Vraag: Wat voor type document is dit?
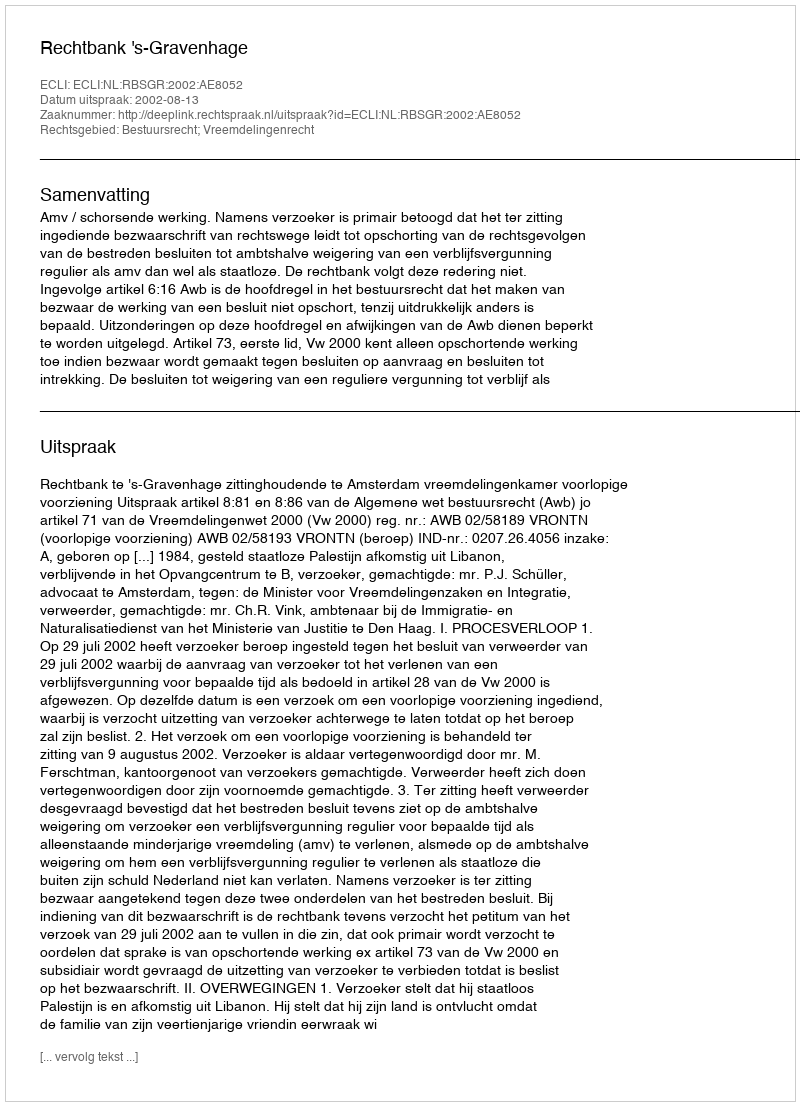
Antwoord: Uitspraak